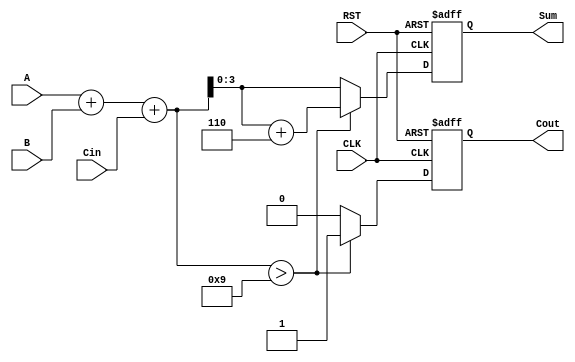
module bcd_adder (
    input wire [3:0] A,        // First BCD digit
    input wire [3:0] B,        // Second BCD digit
    input wire Cin,            // Carry input
    input wire CLK,            // Clock signal
    input wire RST,            // Reset signal
    output reg [3:0] Sum,      // BCD Sum output
    output reg Cout            // Carry output
);

    reg [4:0] binary_sum;      // 5-bit to hold sum (4 bits + carry)

    always @(posedge CLK or posedge RST) begin
        if (RST) begin
            Sum <= 4'b0000;      // Initialize Sum to 0 on reset
            Cout <= 1'b0;        // Initialize Cout to 0 on reset
        end else begin
            // Step 1: Calculate the binary sum
            binary_sum = A + B + Cin;

            // Step 2: Check for BCD correction
            if (binary_sum > 4'b1001) begin
                binary_sum = binary_sum + 5'b00110; // Add 6 (0110 in binary)
                Cout <= 1'b1; // Set carry out since we performed a correction
            end else begin
                Cout <= 1'b0; // No carry out
            end

            // Step 3: Assign the final BCD result
            Sum <= binary_sum[3:0]; // Assign the lower 4 bits
        end
    end

endmodule